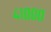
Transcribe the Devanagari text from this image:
४१०००